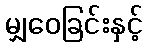
မျှဝေခြင်းနှင့်